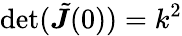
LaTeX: \operatorname*{det}(\tilde{\boldsymbol J}(0))=k^{2}